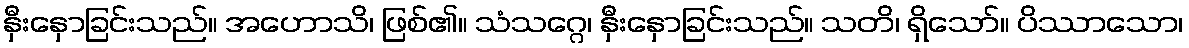
နှီးနှောခြင်းသည်။ အဟောသိ၊ ဖြစ်၏။ သံသဂ္ဂေ၊ နှီးနှောခြင်းသည်။ သတိ၊ ရှိသော်။ ပိဿာသော၊